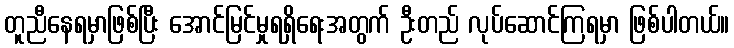
တူညီနေရမှာဖြစ်ပြီး အောင်မြင်မှုရရှိရေးအတွက် ဦးတည် လုပ်ဆောင်ကြရမှာ ဖြစ်ပါတယ်။